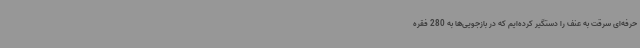
حرفه‌ای سرقت به عنف را دستگیر کرده‌ایم که در بازجویی‌ها به 280 فقره